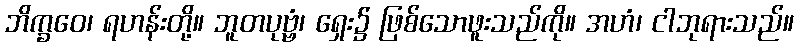
ဘိက္ခဝေ၊ ရဟန်းတို့။ ဘူတပုဗ္ဗံ၊ ရှေး၌ ဖြစ်သောဖူးသည်ကို။ အဟံ၊ ငါဘုရားသည်။